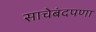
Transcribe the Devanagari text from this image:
साचेबंदपणा